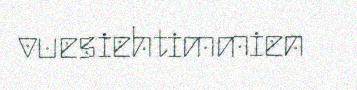
vuesiehtimmien